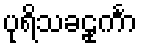
ပုရိသခဠုင်္ကာ